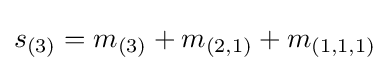
s_{(3)}=m_{(3)}+m_{(2,1)}+m_{(1,1,1)}